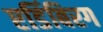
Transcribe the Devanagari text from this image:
एडिंबिरग